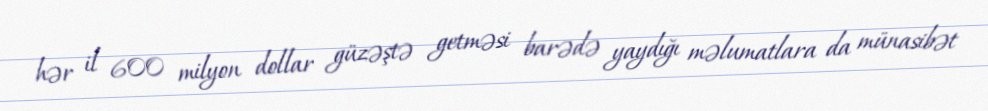
hər il 600 milyon dollar güzəştə getməsi barədə yaydığı məlumatlara da münasibət